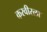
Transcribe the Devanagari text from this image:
करवीरला